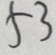
5 3